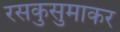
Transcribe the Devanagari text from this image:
रसकुसुमाकर